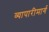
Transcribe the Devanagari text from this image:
व्यापारीमार्ग